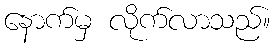
နောက်မှ လိုက်လာသည်။